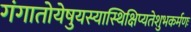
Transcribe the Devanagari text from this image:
गंगातोयेषुयस्यास्थिक्षिप्यतेशुभकर्मणः